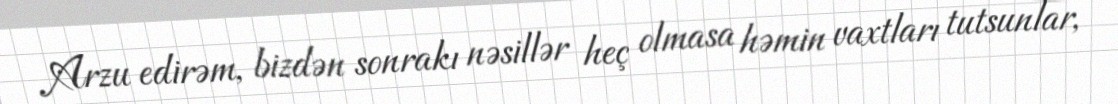
Arzu edirəm, bizdən sonrakı nəsillər heç olmasa həmin vaxtları tutsunlar,